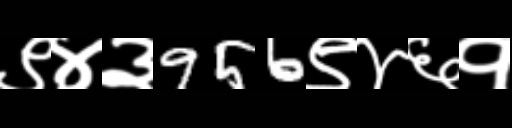
Text: ९४३956९४६१